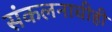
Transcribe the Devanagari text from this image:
संकलनाचीही